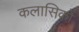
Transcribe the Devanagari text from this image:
कलासिकों